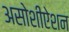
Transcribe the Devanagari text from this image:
असोशीऐशन